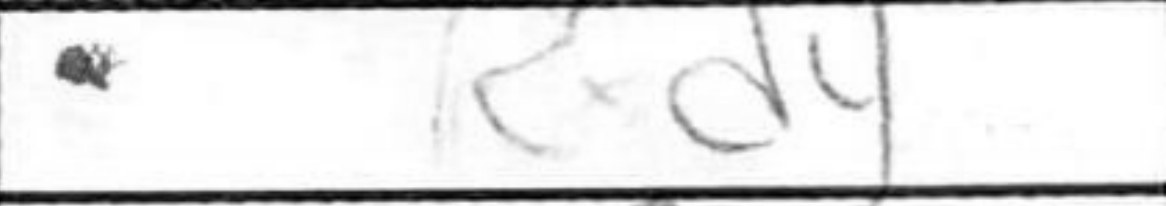
Transcription: Rxd4